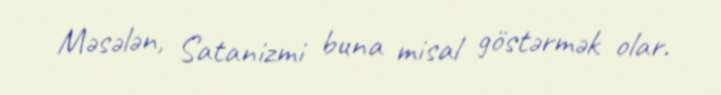
Məsələn, Satanizmi buna misal göstərmək olar.